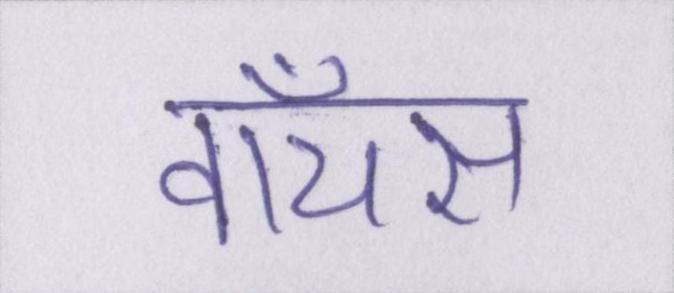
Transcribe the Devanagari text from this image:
वॉयस